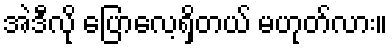
အဲဒီလို ပြောလေ့ရှိတယ် မဟုတ်လား။